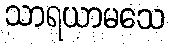
သာရယာမသေ